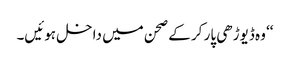
‘‘ وہ ڈیوڑھی پار کر کے صحن میں داخل ہوئیں۔